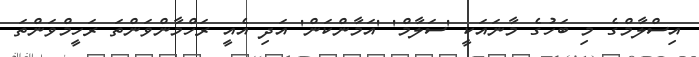
އިސްލާމްގެ މި ބަހުގެ މާނައަކީ 'ސަލާމް' 'އަމާންކަން' އަދި އެއީ ރަހްމާންވަންތަ ރަހީމްވަންތަ